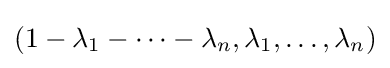
\left(1-\lambda _{1}-\dots -\lambda _{n},\lambda _{1},\dots ,\lambda _{n}\right)